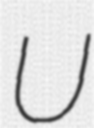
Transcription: U